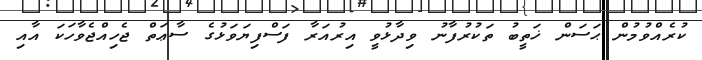
ކުރެއްވުމުން ޙަސަން ޚަތީބު ތަކުރުފާނު ވިދާޅުވީ އިރުއަރާ ފަސްފިޔަވަޅުގެ ސާޢަތް ޖެހިއްޖެވާހަކަ އާއި